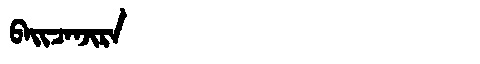
Manchu: ᠪᠠᡳᠴᠠᠨᠵᡳᡵᠠ
Romanization: BAICANJIRA